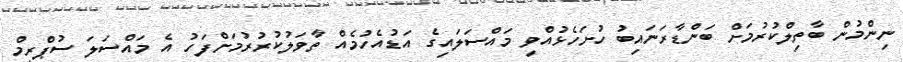
ނިންމުން ބާތިލްކުރުމަށް ބަންޑާރަނައިބު ހުށަހެޅުއްވި މައްސަލައިގެ އަޑުއެހުމެއް ތާވަލުކުރުރުމަށްފަހު އެ މައްސަލަ ސުޕްރީމް